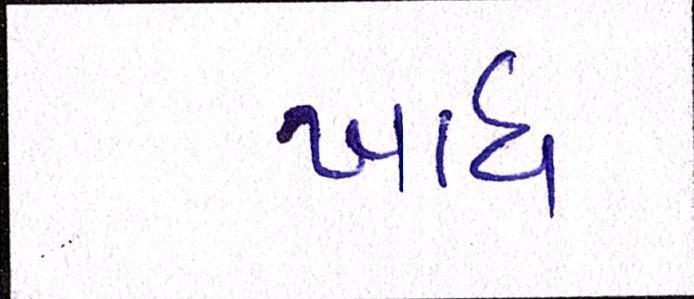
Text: ખાધ